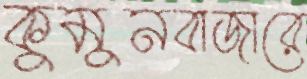
কুমুনবাজারে